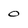
Character: 0